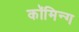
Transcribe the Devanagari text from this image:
कॉमिन्ग